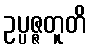
ဥပ္ပဇ္ဇတူတိ